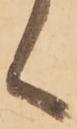
く